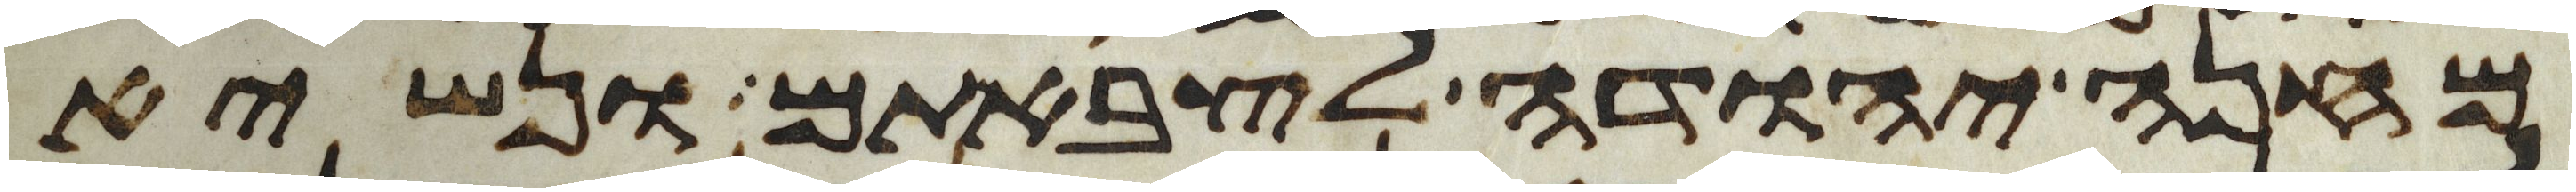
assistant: מחנה יהודה לצבאתם ונשיא